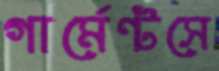
গার্মেন্টসে